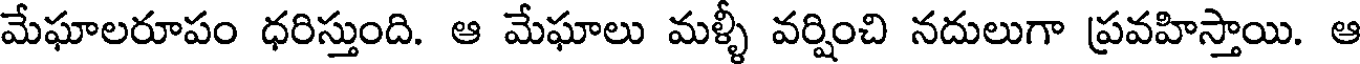
మేఘాలరూపం ధరిస్తుంది. ఆ మేఘాలు మళ్ళీ వర్షించి నదులుగా ప్రవహిస్తాయి. ఆ